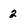
Character: 2